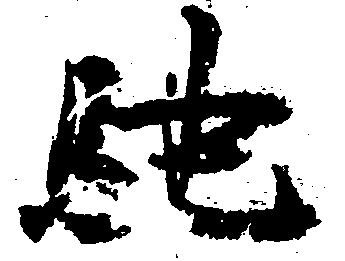
馳